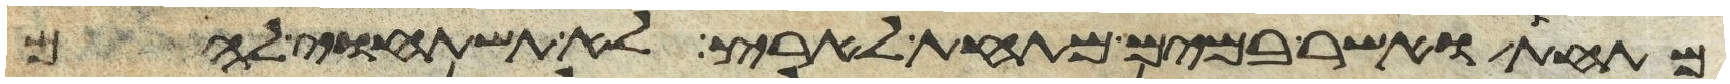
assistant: מתחת ואשר במים מתחת לארץ לא תשתחוה להם